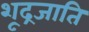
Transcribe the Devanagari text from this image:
शूद्रजाति